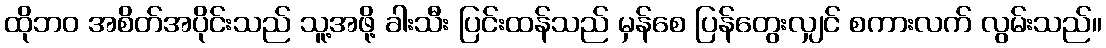
ထိုဘဝ အစိတ်အပိုင်းသည် သူ့အဖို့ ခါးသီး ပြင်းထန်သည် မှန်စေ ပြန်တွေးလျှင် စကားလက် လွမ်းသည်။